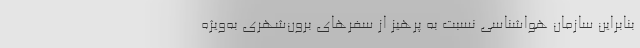
بنابراین سازمان هواشناسی نسبت به پرهیز از سفرهای برون‌شهری به‌ویژه